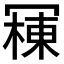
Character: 𱏾